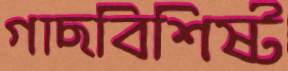
গাছবিশিষ্ট